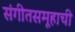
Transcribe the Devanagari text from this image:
संगीतसमूहाची